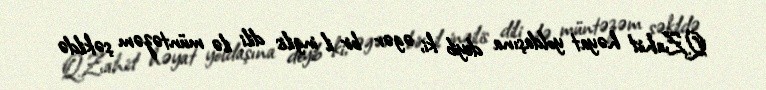
Q.Zahid həyat yoldaşına deyib ki, əgər bir il ingilis dili ilə müntəzəm şəkildə